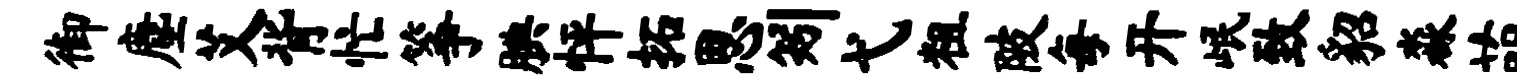
御麈艾背忙筝腆怦拓思矧弋粗陂每开岷致貂淼萌